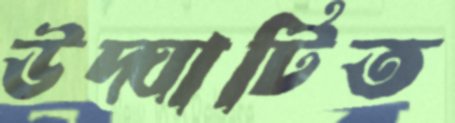
উদ্ঘাটিত